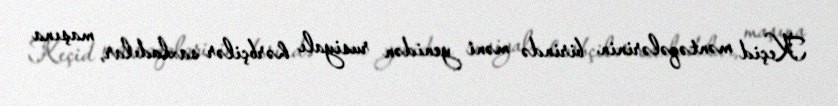
Keçid məntəqələrinin birində məni yenidən rusiyalı hərbçilər saxladılar, maşına